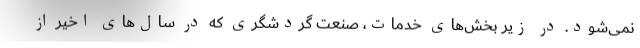
نمی‌شود. در زیر بخش‌های خدمات، صنعت گردشگری که در سال‌های اخیر از